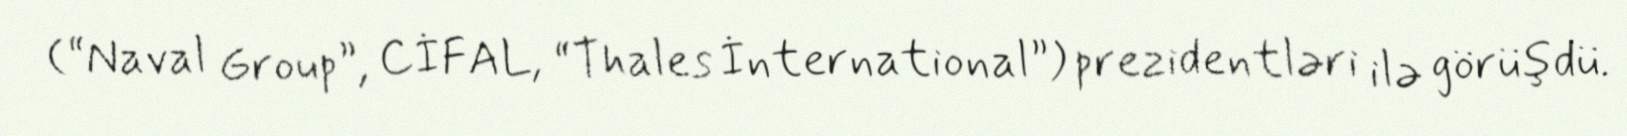
(“Naval Group”, CİFAL, “Thales İnternational”) prezidentləri ilə görüşdü.